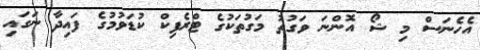
އެހެނަސް މި ޝޯ އޮންނަ ވަގުތު މަގުތަކުގެ ޓްރެފިކް ކުޑަވުމުގެ ފައިދާ ނަގައި